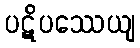
ပဋိပဿေယျ